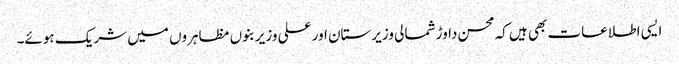
ایسی اطلاعات بھی ہیں کہ محسن داوڑ شمالی وزیرستان اور علی وزیر بنوں مظاہروں میں شریک ہوئے۔